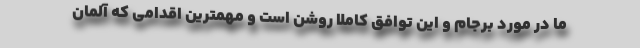
ما در مورد برجام و این توافق کاملا روشن است و مهمترین اقدامی که آلمان